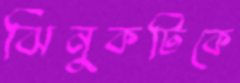
ঝিনুকটিকে